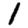
Digit: 1